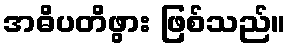
အဓိပတိဖွား ဖြစ်သည်။